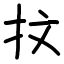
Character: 抆